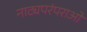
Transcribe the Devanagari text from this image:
नाट्यपरंपराओं